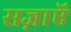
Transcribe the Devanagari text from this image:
सज़ाएॅ